Medical and sanitary report of the native army of Bengal for the year
Year: 1874
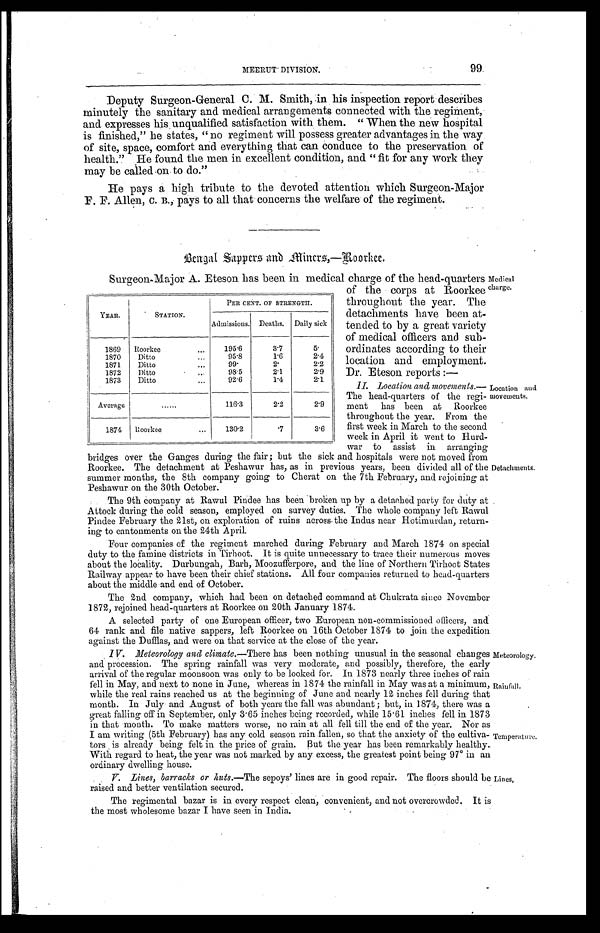
Meteorology.
Rainfall.
MEERUT DIVISION.
99
Deputy Surgeon-General C. M. Smith, in his inspection report describes
minutely the sanitary and medical arrangements connected with the regiment,
and expresses his unqualified satisfaction with them. "When the new hospital
is finished," he states, "no regiment will possess greater advantages in the way
of site, space, comfort and everything that can conduce to the preservation of
health." He found the men in excellent condition, and "fit for any work they
may be called on to do."
He pays a high tribute to the devoted attention which Surgeon-Major
F. F. Allen, C. B., pays to all that concerns the welfare of the regiment.
Bengal Sappers and Miners,—Roorkee.
Surgeon-Major A. Eteson has been in medical charge of the head-quarters
of the corps at Roorkee
throughout the year. The
detachments have been at
-
tended to by a great variety
of medical officers and sub
-
ordinates according to their
location and employment.
Dr. Eteson reports :—
II. Locution and movements.—
The head-quarters of the regi
-
ment has been at Roorkee
throughout the year. From the
first week in March to the second
week in April it went to Hurd
-
war to assist in arranging
bridges over the Ganges during the fair; but the sick and hospitals were not moved from
Roorkee. The detachment at Peshawur has, as in previous years, been divided all of the
summer months, the 8th company going to Cherat on the 7th February, and rejoining at
Peshawur on the 30th October.
YEAR.
STATION.
PER CENT. OF STRENGTH.
Admissions. Deaths. Daily sick
1869
Roorkee . . .
195.6
3.7
5.
1870
Ditto . . .
95.8
1.6
2.4
1871
Ditto . . .
99.
2 .
2.2
1872
Ditto . . .
98.5
2.1
2.9
1873
Ditto . . .
92.6
1.4
2.1
Average
. . .
116.3
2.2
2.9
1874
Roorkee . . .
130.2
.7
3.6
Medical
charge.
Location and
movements.
Detachments.
The 9th Company at Rawul Pindee has been broken up by a detached party for duty at
Attock during the cold season, employed on survey duties. The whole company left Rawul
Pindee February the 21st, on exploration of ruins across the Indus near Hotimurdan, return
-
ing to cantonments on the 24th April.
Four companies of the regiment marched during February and March 1874 on special
duty to the famine districts in Tirhoot. It is quite unnecessary to trace their numerous moves
about the locality. Durbungah, Barb, Moozufferpore, and the line of Northern Tirhoot States
Railway appear to have been their chief stations. All four companies returned to head-quarters
about the middle and end of October.
The 2nd company, which had been on detached command at Chukrata since November
1872, rejoined head-quarters at Roorkee on 20th January 1874.
A selected party of one European officer, two European non-commissioned officers, and
64 rank and file native sappers, left Roorkee on 16th October 1874 to join the expedition
agai nst t he Duffl as, and were on t hat servi ce at t he cl ose of t he year.
IV. Meteorology and climate.— There has been nothing unusual in the seasonal changes
and procession. The spring rainfall was very moderate, and possibly, therefore, the early
arrival of the regular moonsoon was only to be looked for. In 1873 nearly three inches of rain
fell in May, and next to none in June, whereas in 1874 the rainfall in May was at a minimum,
while the real rains reached us at the beginning of June and nearly 12 inches fell during that
month. In July and August of both years the fall was abundant ; but, in 1874, there was a
great falling off in September, only 3.65 inches being recorded, while 15.61 inches fell in 1873
in that month. To make matters worse, no rain at all fell till the end of the year. Nor as
I am writing (5th February) has any cold season rain fallen, so that the anxiety of the cultiva
-
t o r s i s a l r e a d y b e i n g f e l t i n t h e p r i c e o f g r a i n . P u t t h e y e a r h a s b e e n r e m a r k a b l y h e a l t h y .
With regard to heat, the year was not marked by any excess, the greatest point being 97º in an
ordinary dwelling house.
V. Lines, barracks or huts.— The sepoys' lines are in good repair. The floors should be
raised and better ventilation secured.
The regimental bazar is in every respect clean, convenient, and not overcrowded. It is
the most wholesome bazar I have seen in India.
Temperat
ure.
Lines.